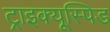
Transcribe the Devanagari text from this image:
ट्राइक्यूस्पिड